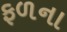
ફળના